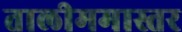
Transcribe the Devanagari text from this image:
तालीममास्तर